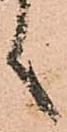
言